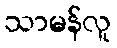
သာမန်လူ